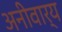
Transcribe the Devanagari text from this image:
अनीवार्य